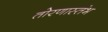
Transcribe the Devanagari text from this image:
तोरणास्तंभ